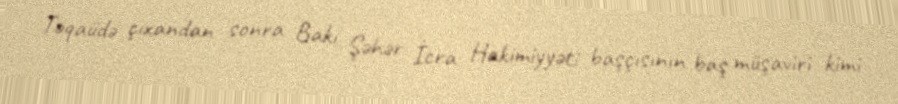
Təqaüdə çıxandan sonra Bakı Şəhər İcra Hakimiyyəti başçısının baş müşaviri kimi